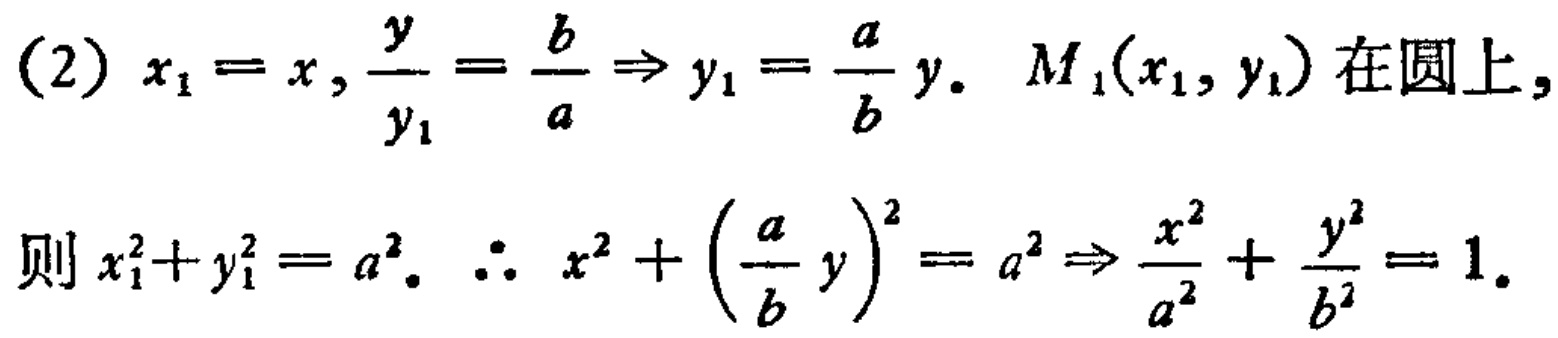
(2) \(x_1 = x,\frac{y}{y_1}=\frac{b}{a}\Rightarrow y_1=\frac{a}{b}y.\ M_1(x_1,y_1)\) 在圆上,
则 \(x_1^2 + y_1^2 = a^2.\ \therefore x^2+\left(\frac{a}{b}y\right)^2=a^2\Rightarrow\frac{x^2}{a^2}+\frac{y^2}{b^2}=1.\)